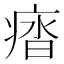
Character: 𭼖